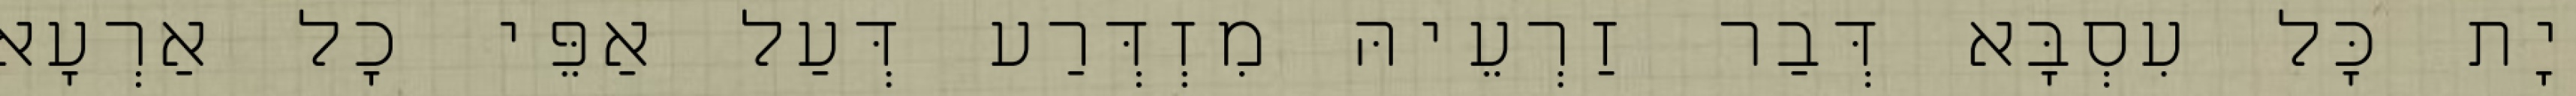
יָת כָּל עִסְבָּא דְּבַר זַרְעֵיהּ מִזְדְּרַע דְּעַל אַפֵּי כָל אַרְעָא